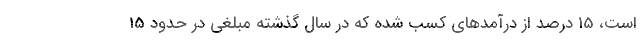
است، 15 درصد از درآمدهای کسب شده که در سال گذشته مبلغی در حدود 15